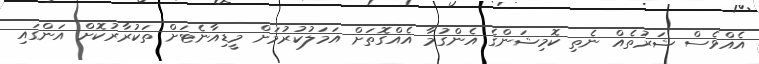
އެއްވެސް ޝަރުތެއް ނެތި ކޮމިޝަންގެ އެންގުމާ އެއްގޮތަށް އަމަލުކުރުމަށް މީޑިއާނެޓަށް ތަކުރާރުކޮށް އަންގައި